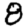
Digit: 8